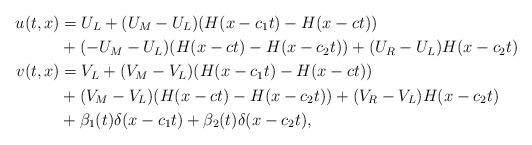
LaTeX: \begin{align*}u(t,x)&=U_L+(U_M-U_L)(H(x-c_1 t)-H(x-ct))\\&+(-U_M-U_L)(H(x-c t)-H(x-c_2t))+(U_R-U_L)H(x-c_2t)\\v(t,x)&=V_L+(V_M-V_L) (H(x-c_1 t)-H(x-ct))\\&+(V_M-V_L)(H(x-c t)-H(x-c_2t))+(V_R-V_L)H(x-c_2t)\\&+\beta_1(t) \delta(x-c_1t)+\beta_2(t) \delta(x-c_2t),\end{align*}